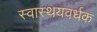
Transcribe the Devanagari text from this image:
स्वास्थयवर्धक